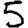
Digit: 5